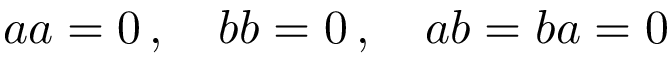
\textstyle a a = 0 \, , \quad b b = 0 \, , \quad a b = b a = 0